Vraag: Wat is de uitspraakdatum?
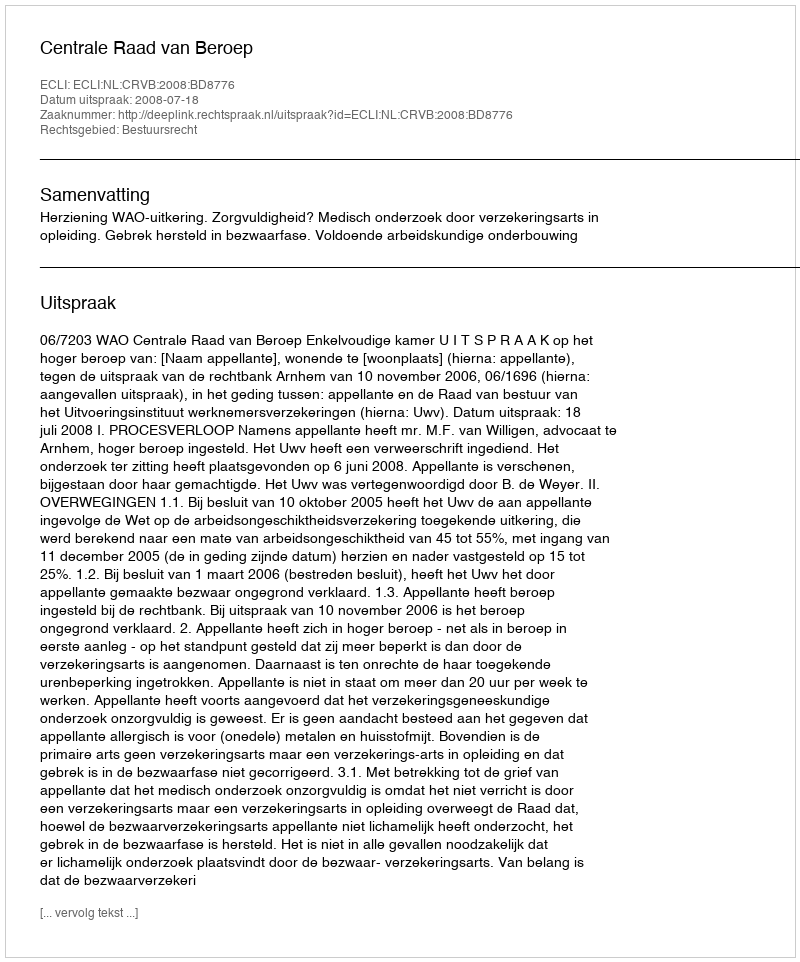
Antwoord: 2008-07-18